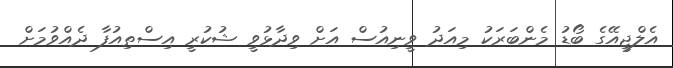
އެލްޖީއޭގެ ބޯޑު މެންބަރަކު މިއަދު ވީނިއުސް އަށް ވިދާޅުވީ ޝުކުރީ އިސްތިއުފާ ދެއްވުމަށް